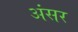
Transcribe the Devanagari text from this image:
अंसर